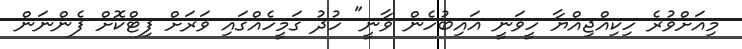
މިއަށްވުރެ ހިކިއްޖިއްޔާ ހީވަނީ ޣައިބުހެން ވާނީ" ހުދު ގަމީހެއްގައި ވަރަށް ފިޓްކޮށް ފެންނަން